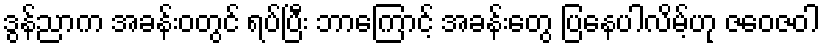
ဒွန်ညာက အခန်းဝတွင် ရပ်ပြီး ဘာကြောင့် အခန်းတွေ ပြနေပါလိမ့်ဟု ဇဝေဇဝါ